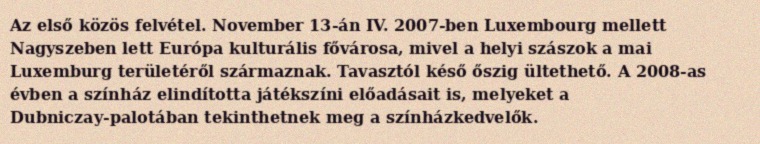
Az első közös felvétel. November 13-án IV. 2007-ben Luxembourg mellett Nagyszeben lett Európa kulturális fővárosa, mivel a helyi szászok a mai Luxemburg területéről származnak. Tavasztól késő őszig ültethető. A 2008-as évben a színház elindította játékszíni előadásait is, melyeket a Dubniczay-palotában tekinthetnek meg a színházkedvelők.